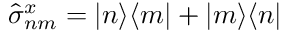
\hat { \sigma } _ { n m } ^ { x } = | n \rangle \langle m | + | m \rangle \langle n |